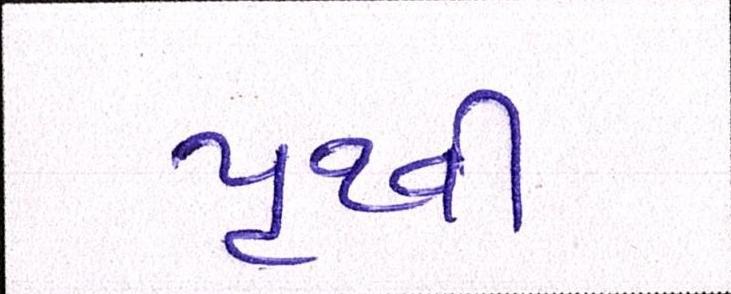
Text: પુથ્વી